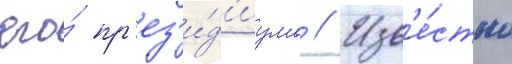
его́ пр'ез'и́д'иума // Изв'е́стно